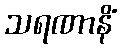
သရဏာနိံ